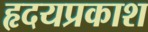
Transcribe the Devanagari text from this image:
हृदयप्रकाश